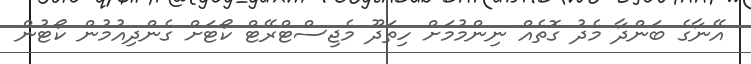
އޭނާގެ ބަންދާ މެދު ގޮތެއް ނިންމުމަށް ހިތަދޫ މެޖިސްޓްރޭޓް ކޯޓަށް ގެންދިއުމުން ކޯޓުން